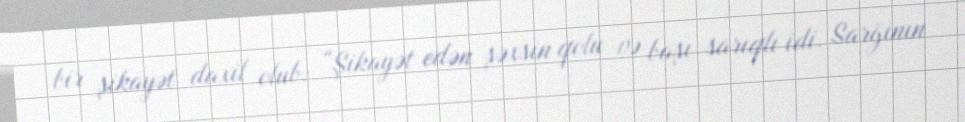
bir şikayət daxil olub: “Şikayət edən şəxsin qolu və başı sarıqlı idi. Sarğının